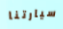
سيارتنا